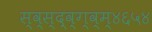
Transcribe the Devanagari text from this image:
स्व्स्द्व्ग्व्म्४६५४